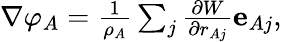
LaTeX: \begin{array}{r}{\nabla\varphi_{A}=\frac{1}{\rho_{A}}\sum_{j}\frac{\partial W}{\partial r_{Aj}}\mathbf{e}_{Aj},}\end{array}